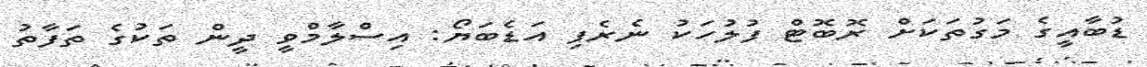
ޑުބާއީގެ މަގުތަކަށް ރޮބޮޓް ފުލުހަކު ނެރެފި އަޑެބަޔޯ: އިސްލާމްވީ ދީން ތަކުގެ ތަފާތު